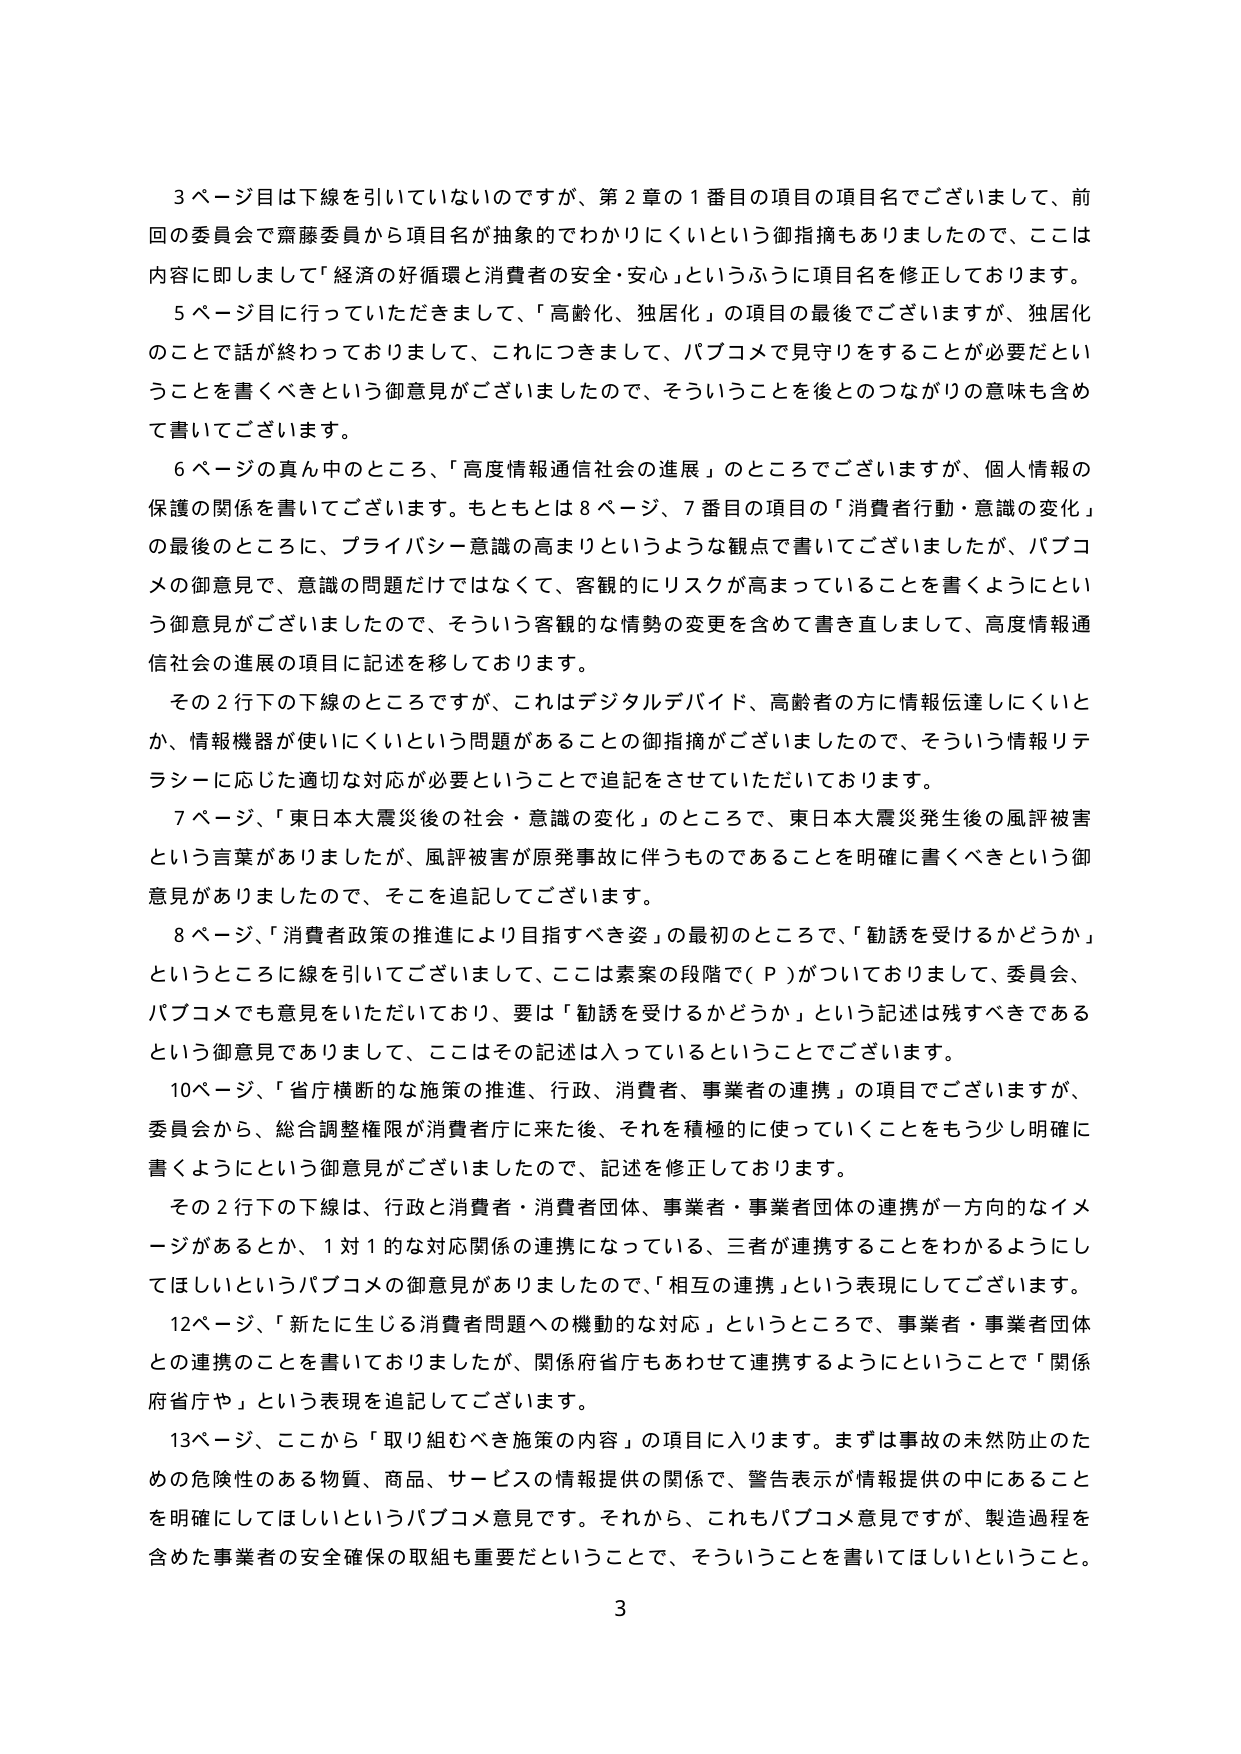
3ページ目は下線を引いていないのですが、第2章の1番目の項目の項目名でございまして、前回の委員会で齋藤委員から項目名が抽象的でわかりにくいという御指摘もありましたので、ここは内容に即しまして「経済の好循環と消費者の安全・安心」というふうに項目名を修正しております。

5ページ目に行っていただきまして、「高齢化、独居化」の項目の最後でございますが、独居化のことで話が終わっておりまして、これにつきまして、パブコメで見守りをすることが必要だということを書くべきという御意見がございましたので、そういうことを後とのつながりの意味も含めて書いてございます。

6ページの真ん中のところ、「高度情報通信社会の進展」のところでございますが、個人情報の保護の関係を書いてございます。もともとは8ページ、7番目の項目の「消費者行動・意識の変化」の最後のところに、プライバシー意識の高まりというような観点で書いてございましたが、パブコメの御意見で、意識の問題だけではなくて、客観的にリスクが高まっていることを書くようにという御意見がございましたので、そういう客観的な情勢の変更を含めて書き直しまして、高度情報通信社会の進展の項目に記述を移しております。

その2行下の下線のところですが、これはデジタルデバイド、高齢者の方に情報伝達しにくいとか、情報機器が使いにくいという問題があることの御指摘がございましたので、そういう情報リテラシーに応じた適切な対応が必要ということで追記をさせていただいております。

7ページ、「東日本大震災後の社会・意識の変化」のところで、東日本大震災発生後の風評被害という言葉がありましたが、風評被害が原発事故に伴うものであることを明確に書くべきという御意見がありましたので、そこを追記してございます。

8ページ、「消費者政策の推進により目指すべき姿」の最初のところで、「勧誘を受けるかどうか」というところに線を引いてございまして、ここは素案の段階で（Ｐ）がついておりまして、委員会、パブコメでも意見をいただいており、要は「勧誘を受けるかどうか」という記述は残すべきであるという御意見でありまして、ここはその記述は入っているということでございます。

10ページ、「省庁横断的な施策の推進、行政、消費者、事業者の連携」の項目でございますが、委員会から、総合調整権限が消費者庁に来た後、それを積極的に使っていくことをもう少し明確に書くようにという御意見がございましたので、記述を修正しております。

その2行下の下線は、行政と消費者・消費者団体、事業者・事業者団体の連携が一方的なイメージがあるとか、1対1的な対応関係の連携になっている、三者が連携することをわかるようにしてほしいというパブコメの御意見がありましたので、「相互の連携」という表現にしてございます。

12ページ、「新たに生じる消費者問題への機動的な対応」というところで、事業者・事業者団体との連携のことを書いておりましたが、関係府省庁もあわせて連携するようにということで「関係府省庁や」という表現を追記してございます。

13ページ、ここから「取り組むべき施策の内容」の項目に入ります。まずは事故の未然防止のための危険性のある物質、商品、サービスの情報提供の関係で、警告表示が情報提供の中にあることを明確にしてほしいというパブコメ意見です。それから、これもパブコメ意見ですが、製造過程を含めた事業者の安全確保の取組も重要だということで、そういうことを書いてほしいということ。

3